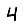
Digit: 4